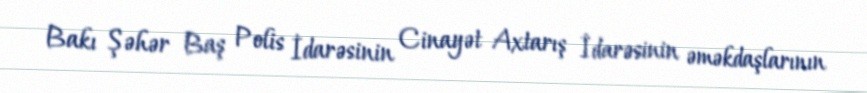
Bakı Şəhər Baş Polis İdarəsinin Cinayət Axtarış İdarəsinin əməkdaşlarının